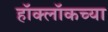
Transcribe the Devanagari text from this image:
हॉक्लॉकच्या